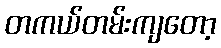
တကယ်တမ်းကျတော့